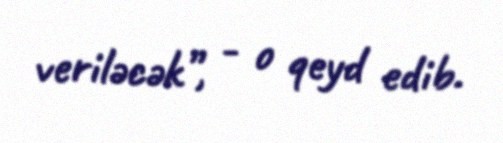
veriləcək”, - o qeyd edib.